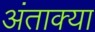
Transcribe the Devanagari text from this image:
अंताक्या